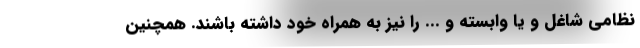
نظامی شاغل و یا وابسته و ... را نیز به همراه خود داشته باشند. همچنین